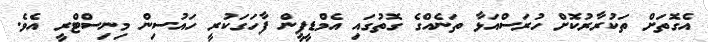
އެގޮތަށް ތަކުރާރުކޮށް ހުރަސްއަޅާ ތަނެއްގެ ގޮތުގައި އެމްޑީޕީން ފާހަގަކުރީ ހައުސިން މިނިސްޓްރީ އެވެ.